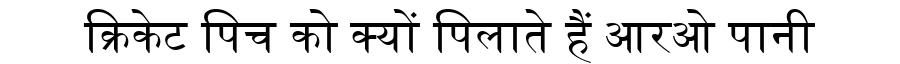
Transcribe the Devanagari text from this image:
क्रिकेट पिच को क्यों पिलाते हैं आरओ पानी